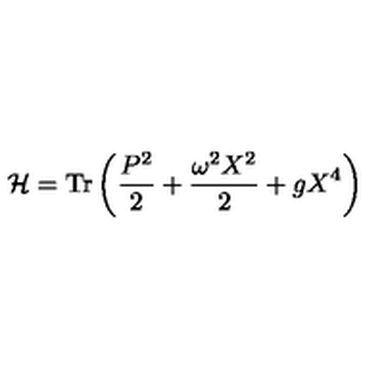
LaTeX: { \cal H } = \mathrm { T r } \left( \frac { P ^ { 2 } } { 2 } + \frac { \omega ^ { 2 } X ^ { 2 } } { 2 } + g X ^ { 4 } \right)